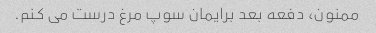
ممنون، دفعه بعد برایمان سوپ مرغ درست می کنم.